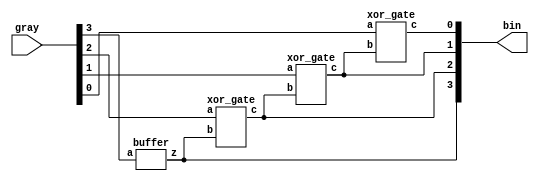
`timescale 1ns / 1ps
//////////////////////////////////////////////////////////////////////////////////
// Company: 
// Engineer: 
// 
// Design Name: 
// Module Name:    gray_to_bin_str 
// Project Name: 
// Target Devices: 
// Tool versions: 
// Description: 
//
// Dependencies: 
//
// Revision: 
// Revision 0.01 - File Created
// Additional Comments: 
//
//////////////////////////////////////////////////////////////////////////////////
module gray_to_bin_str(
    input [3:0] gray,
    output [3:0] bin
    );
buffer b1(gray[3],bin[3]);
xor_gate x1(gray[2],bin[3],bin[2]),
    x2(gray[1],bin[2],bin[1]),
	 x3(gray[0],bin[1],bin[0]);

endmodule

module xor_gate (input a,b,output c);
assign c=a^b;
endmodule

module buffer (input a,output z);
assign z=a;
endmodule